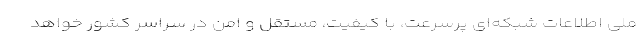
ملی اطلاعات شبکه‌ای پرسرعت، با کیفیت، مستقل و امن در سراسر کشور خواهد